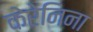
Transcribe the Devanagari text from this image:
केरेनिना